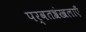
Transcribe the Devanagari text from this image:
पर्वतश्रंखलाएँ